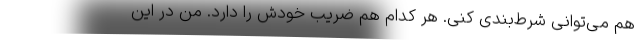
هم می‌توانی شرط‌بندی کنی. هر کدام هم ضریب خودش را دارد. من در این